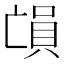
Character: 𠅳